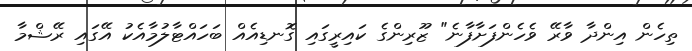
ތިހެން އިންދާ ވާރޭ ވެހެންފަށާފާނެ" ޒޫރިންގެ ކައިރީގައި ގޮނޑިއެއް ބަހައްޓާލުމާއެކު އޭގައި ރޭޝްމާ